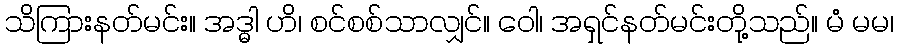
သိကြားနတ်မင်း။ အဒ္ဓါ ဟိ၊ စင်စစ်သာလျှင်။ ဝေါ၊ အရှင်နတ်မင်းတို့သည်။ မံ မမ၊